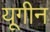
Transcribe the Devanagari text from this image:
यूगीन